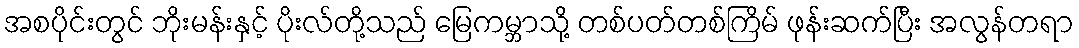
အစပိုင်းတွင် ဘိုးမန်းနှင့် ပိုးလ်တို့သည် မြေကမ္ဘာသို့ တစ်ပတ်တစ်ကြိမ် ဖုန်းဆက်ပြီး အလွန်တရာ